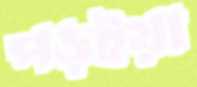
পড়ইয়া